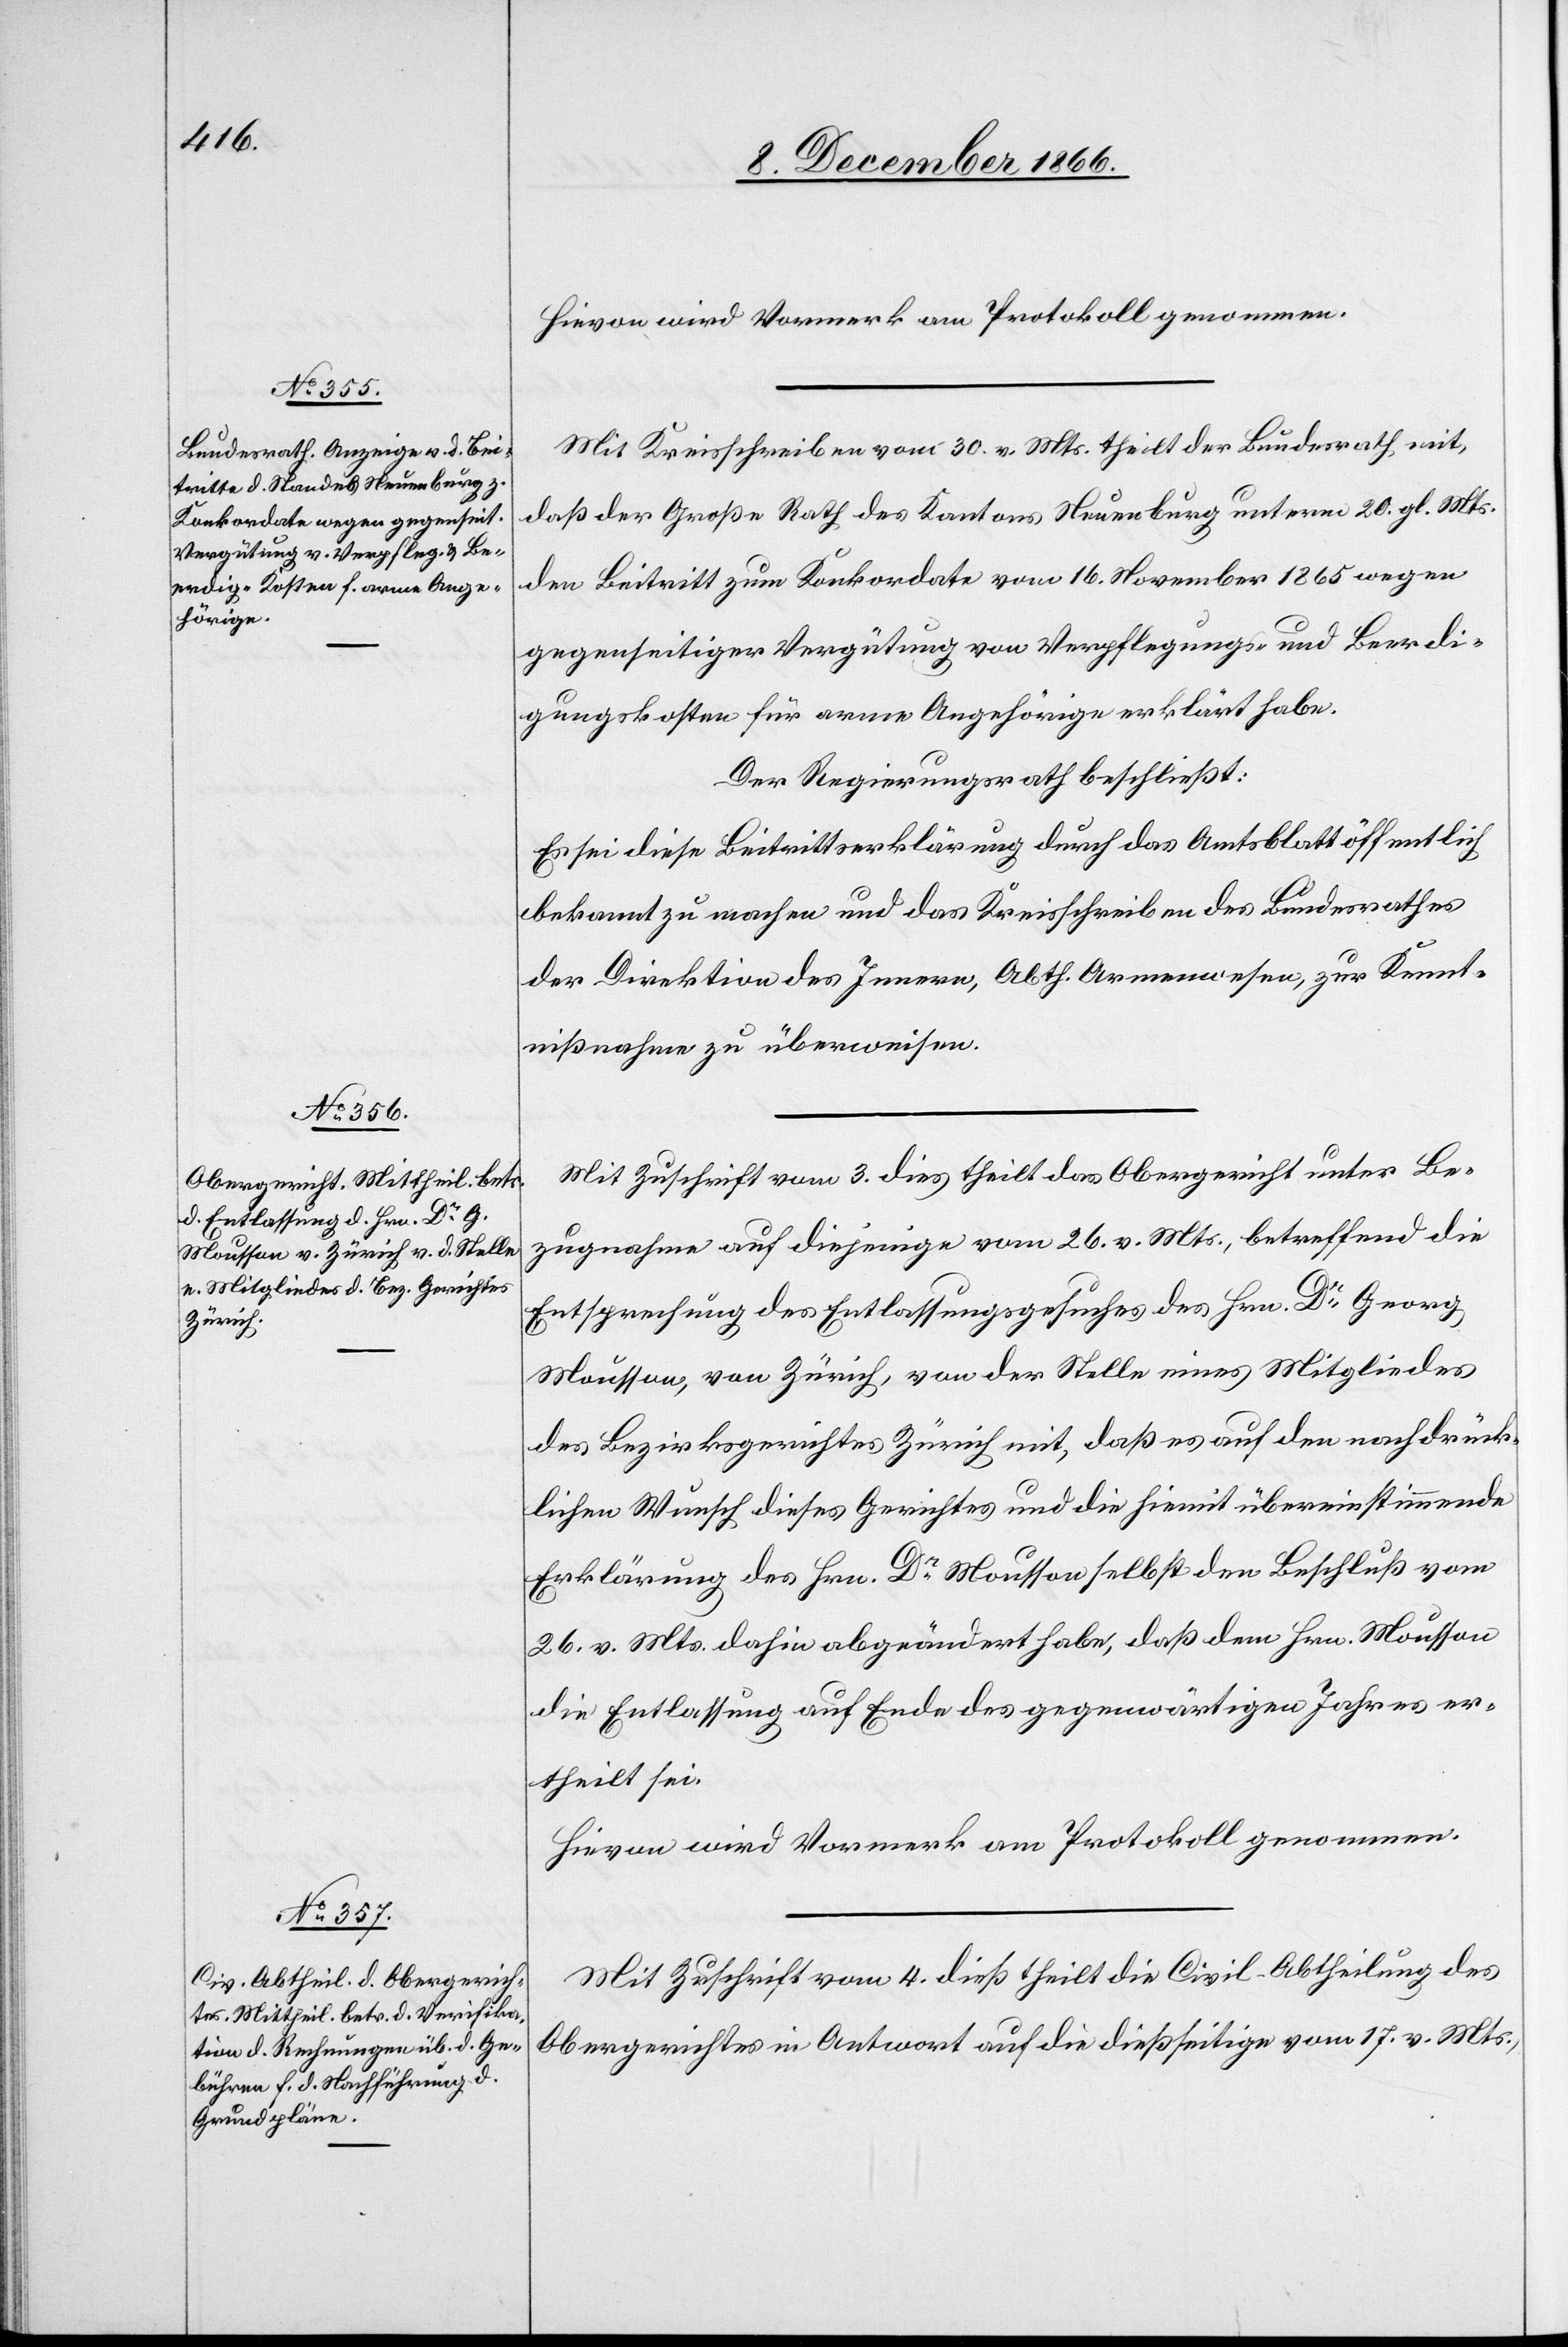
Hievon wird Vormerk am Protokoll genommen.
Mit Kreisschreiben vom 30. v. Mts theilt der Bundesrath mit,
daß der Große Rath des Kantons Neuenburg unterm 20. gl. Mts.
den Beitritt zum Konkordate vom 16. November 1865 wegen
gegenseitiger Vergütung von Verpflegungs- und Beerdi¬
gungskosten für arme Angehörige erklärt habe.
Der Regierungsrath beschließt:
Es sei diese Beitrittserklärung durch das Amtsblatt öffentlich
bekannt zu machen und das Kreisschreiben des Bundesrathes
der Direktion des Innern, Abth. Armenwesen, zur Kennt¬
nißnahme zu überweisen.
Mit Zuschrift vom 3. dies theilt das Obergericht unter Be¬
zugnahme auf diejenige vom 26. v. Mts., betreffend die
Entsprechung des Entlassungsgesuches des Hrn. Dr. Georg
Mousson, von Zürich, von der Stelle eines Mitgliedes
des Bezirksgerichtes Zürich mit, daß es auf den nachdrück¬
lichen Wunsch dieses Gerichtes und die hiemit übereinstimmende
Erklärung des Hrn. Dr. Mousson selbst den Beschluß vom
26. v. Mts. dahin abgeändert habe, daß dem Hrn. Mousson
die Entlassung auf Ende des gegenwärtigen Jahres er¬
theilt sei.
Hievon wird Vormerk am Protokoll genommen.
Mit Zuschrift vom 4. dieß theilt die Civil-Abtheilung des
Obergerichtes in Antwort auf die dießseitige vom 17. v. Mts.